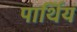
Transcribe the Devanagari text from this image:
पार्थिय